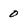
Character: 0